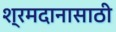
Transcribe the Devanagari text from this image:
श्रमदानासाठी